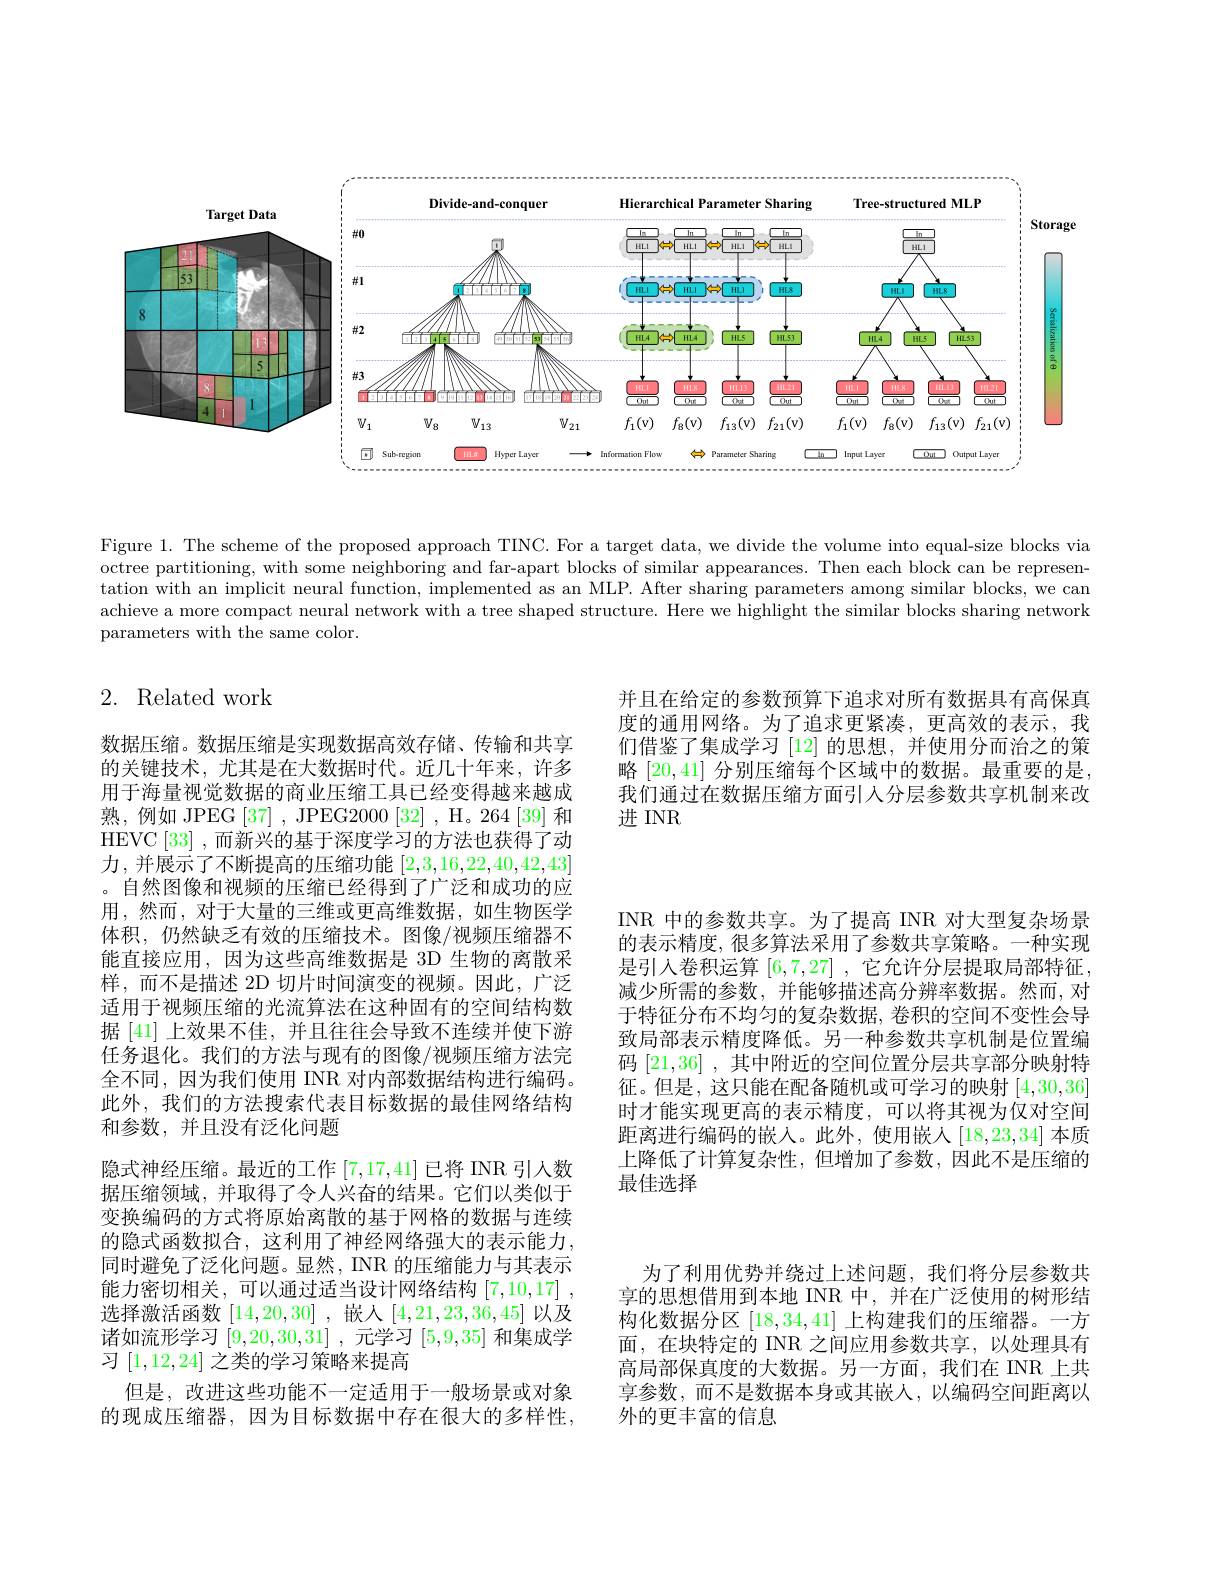
<FigureHere>

Figure 1. The scheme of the proposed approach TINC. For a target data, we divide the volume into equal-size blocks via octree partitioning, with some neighboring and far-apart blocks of similar appearances. Then each block can be representation with an implicit neural function, implemented as an MLP. After sharing parameters among similar blocks, we can achieve a more compact neural network with a tree shaped structure. Here we highlight the similar blocks sharing network parameters with the same color.

# 2. Related work

并且在给定的参数预算下追求对所有数据具有高保真度的通用网络。为了追求更紧凑，更高效的表示，我们借鉴了集成学习 [12] 的思想，并使用分而治之的策略[20,41]分别压缩每个区域中的数据。最重要的是， 我们通过在数据压缩方面引入分层参数共享机制来改进 INR

INR 中的参数共享。为了提高 INR 对大型复杂场景的表示精度，很多算法采用了参数共享策略。一种实现是引人卷积运算[6,7,27] ,它允许分层提取局部特征， 减少所需的参数，并能够描述高分辨率数据。然而，对于特征分布不均匀的复杂数据，卷积的空间不变性会导致局部表示精度降低。另一种参数共享机制是位置编码[21,36] ,其中附近的空间位置分层共享部分映射特征。但是，这只能在配备随机或可学习的映射[4,30,36] 时才能实现更高的表示精度，可以将其视为仅对空间距离进行编码的嵌人。此外，使用嵌人[18,23,34] 本质上降低了计算复杂性，但增加了参数，因此不是压缩的最佳选择

数据压缩。数据压缩是实现数据高效存储、传输和共享的关键技术，尤其是在大数据时代。近几十年来，许多用于海量视觉数据的商业压缩工具已经变得越来越成熟，例如 JPEG [37] , JPEG2000 [32] , H。264 [39] 和HEVC [33] ,而新兴的基于深度学习的方法也获得了动力，并展示了不断提高的压缩功能[2,3,16,22,40,42,43] 。自然图像和视频的压缩已经得到了广泛和成功的应用，然而，对于大量的三维或更高维数据，如生物医学体积，仍然缺乏有效的压缩技术。图像/视频压缩器不能直接应用，因为这些高维数据是 3D 生物的离散采样，而不是描述 2D 切片时间演变的视频。因此，广泛适用于视频压缩的光流算法在这种固有的空间结构数据 [41] 上效果不佳，并且往往会导致不连续并使下游任务退化。我们的方法与现有的图像/视频压缩方法完全不同，因为我们使用 INR 对内部数据结构进行编码。此外，我们的方法搜索代表目标数据的最佳网络结构和参数，并且没有泛化问题
隐式神经压缩。最近的工作[7,17,41]已将 INR 引人数据压缩领域，并取得了令人兴奋的结果。它们以类似于变换编码的方式将原始离散的基于网格的数据与连续的隐式函数拟合，这利用了神经网络强大的表示能力， 同时避免了泛化问题。显然，INR 的压缩能力与其表示能力密切相关，可以通过适当设计网络结构[7,10,17] , 选择激活函数[14,20,30] ,嵌人[4,21,23,36,45]以及诸如流形学习[9,20,30,31] ,元学习[5,9,35]和集成学习[1,12,24]之类的学习策略来提高
但是，改进这些功能不一定适用于一般场景或对象的现成压缩器，因为目标数据中存在很大的多样性，

为了利用优势并绕过上述问题，我们将分层参数共享的思想借用到本地 INR 中，并在广泛使用的树形结构化数据分区[18,34,41]上构建我们的压缩器。一方面，在块特定的 INR 之间应用参数共享，以处理具有高局部保真度的大数据。另一方面，我们在 INR 上共享参数，而不是数据本身或其嵌入，以编码空间距离以外的更丰富的信息